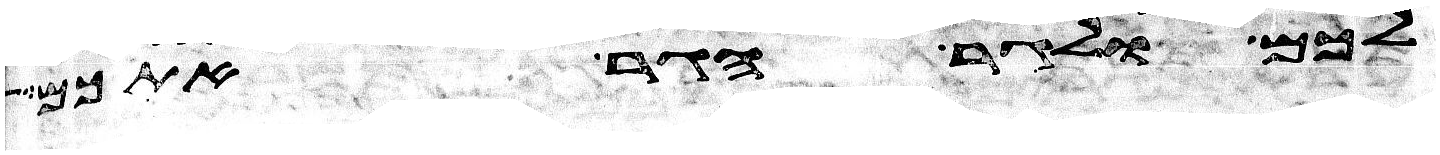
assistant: לכם ולגר הגר אתכם